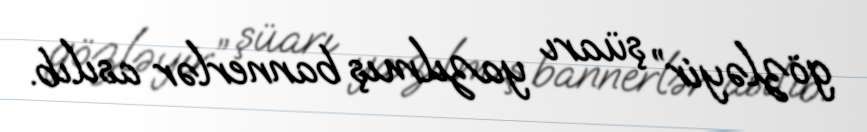
gözləyir” şüarı yazılmış bannerlər asılıb.